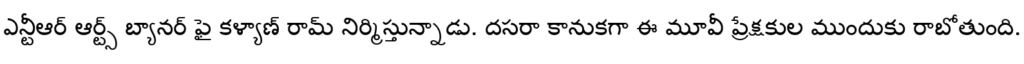
ఎన్టీఆర్ ఆర్ట్స్ బ్యానర్ ఫై కళ్యాణ్ రామ్ నిర్మిస్తున్నాడు. దసరా కానుకగా ఈ మూవీ ప్రేక్షకుల ముందుకు రాబోతుంది.